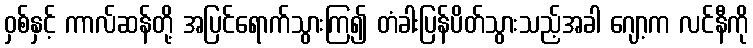
ဝှစ်နှင့် ကာလ်ဆန်တို့ အပြင်ရောက်သွားကြ၍ တံခါးပြန်ပိတ်သွားသည့်အခါ ဂျော့က လင်နီကို